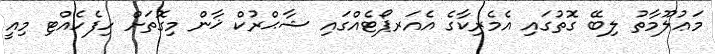
މަޢުލޫމާތު ލިބޭ ގޮތުގައި އެމެރިކާގެ އެއަރޕޯޓެއްގައި ޝާޙްރުކް ޚާން މިގޮތަށް ހިފެހެއްޓި މިއީ